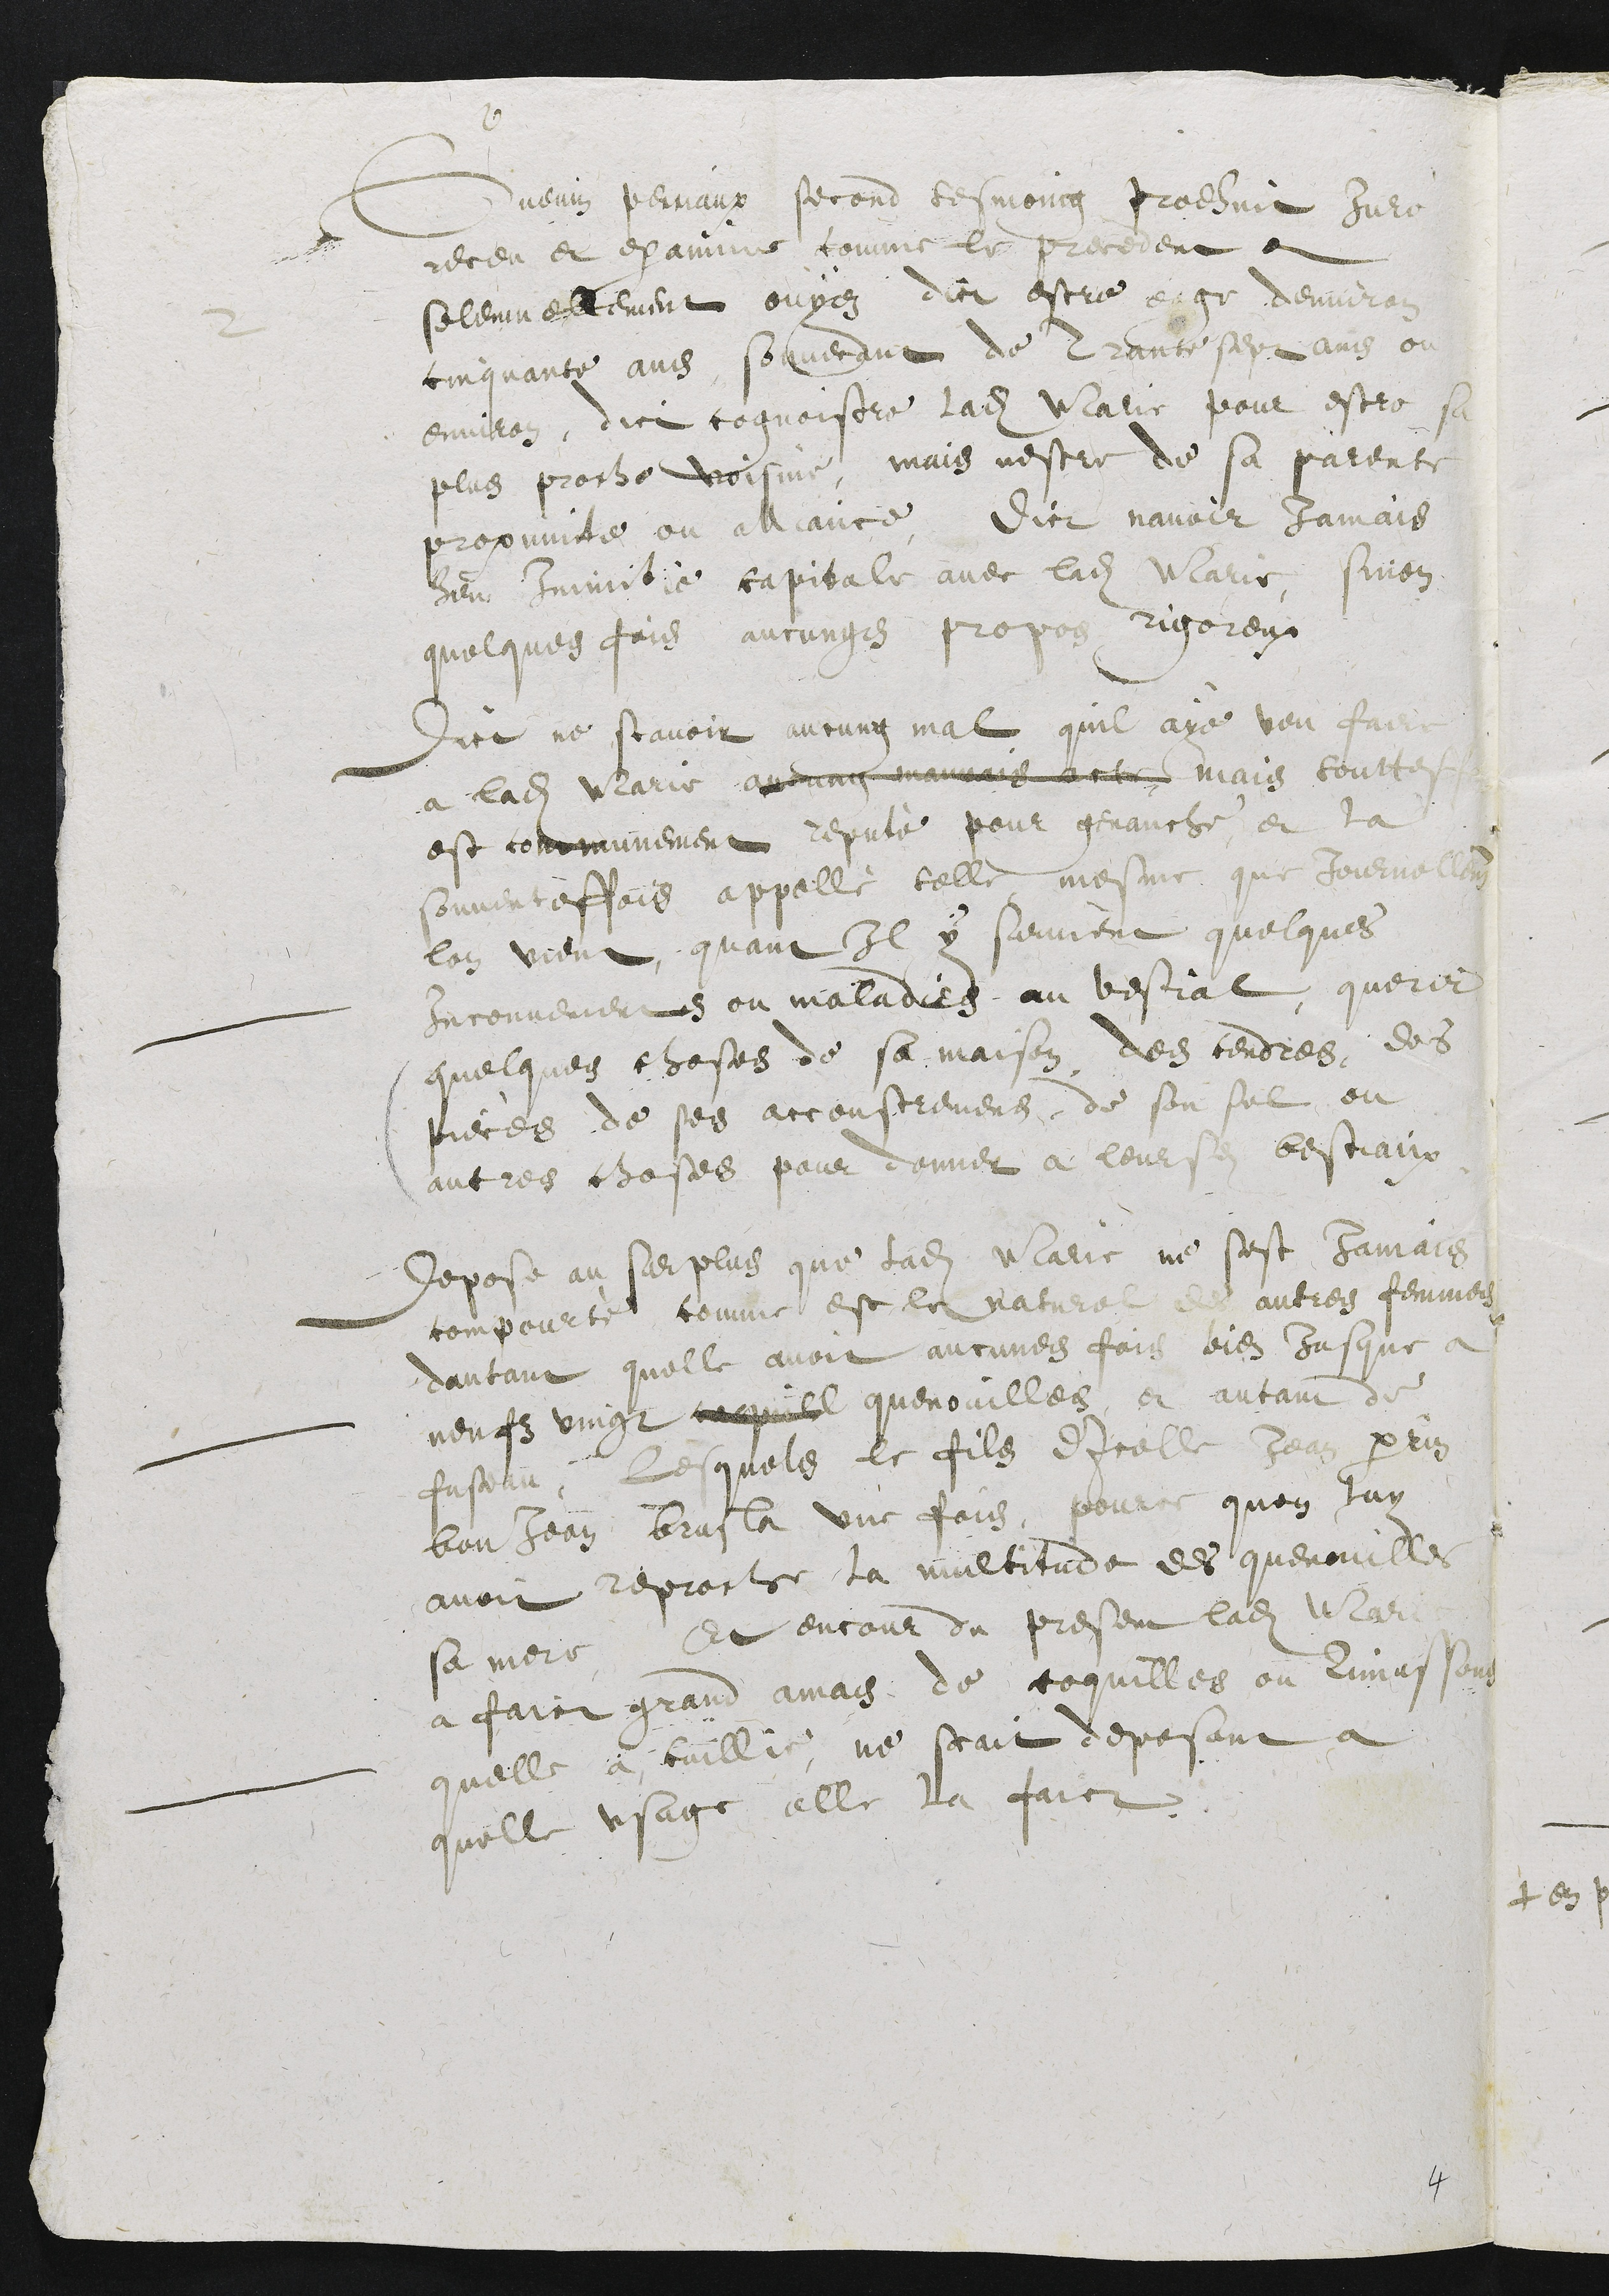
2 Guenin Perriaux second tesmoing prodhuit Jure
receu et examine comme le precedent et
solemnellement ouyez dict estre eage denviron
cinquante ans, souvenant de Trante sept ans ou
environ, dict cognoistre ladite Marie pour estre sa
plus proche voisine, mais nestre de sa parente
proximite ou alliance, dict navoir Jamais
heu Inimitie capitale avec ladite Marie sinon
quelques fois aucungs propos rigoreux
Dict ne scavoir aucunq mal quil aye veu faire
a ladite Marie aucung mauvais acte mais toutteffois
est communement reputé pour genauche, et la
souventeffois appellé telle mesme que Journellement
lon vient, quant Il y survient quelques
inconvenients ou maladies au bestial querir
quelques choses de sa maison, des cendres, des
pieces de ses accoustremens, de son sel ou
autres choses pour donner a leursdits bestiaux.
Depose au surplus que ladite Marie ne sest Jamais
compourté comme est le naturel des autres femmes
dautant quelle avoit aucunes fois bien jusque a
neufz vingt coquill quenouilles, et autant de
fuseau, lesquelles le fils dicelle Jean Perrin
Bonjean brusla une fois, pource quon luy
avoit reproche la multitude des quenouilles
sa mere Et encour du present ladite Marie
a faict grand amas de coquilles ou limassons
quelle a cuillie, ne scait deposant a
quelle usage elle la faict.